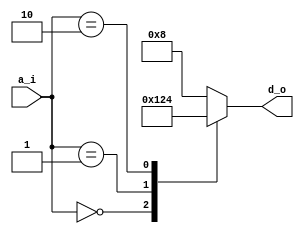
`timescale 1ns / 1ps
//////////////////////////////////////////////////////////////////////////////////
// Company: 
// Engineer: 
// 
// Design Name: 
// Module Name: decoder_2_4_behav
// Project Name: 
// Target Devices: 
// Tool Versions: 
// Description: 
// 
// Dependencies: 
// 
// Revision:
// Revision 0.01 - File Created
// Additional Comments:
// 
//////////////////////////////////////////////////////////////////////////////////


module decoder_2_4_behav
(
input [1:0] a_i,
output [3:0] d_o
);

reg [3:0] d;

always @(a_i) begin
    case (a_i)
        2'b00   : d = 4'b0001;  
        2'b01   : d = 4'b0010;  
        2'b10   : d = 4'b0100;  
        default : d = 4'b1000;
    endcase
end

assign d_o = d;

endmodule